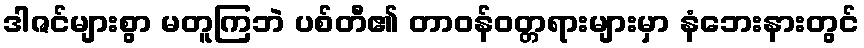
ဒါဇင်များစွာ မတူကြဘဲ ပစ်တီ၏ တာဝန်ဝတ္တရားများမှာ နံဘေးနားတွင်